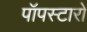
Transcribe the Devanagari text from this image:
पॉपस्टारों